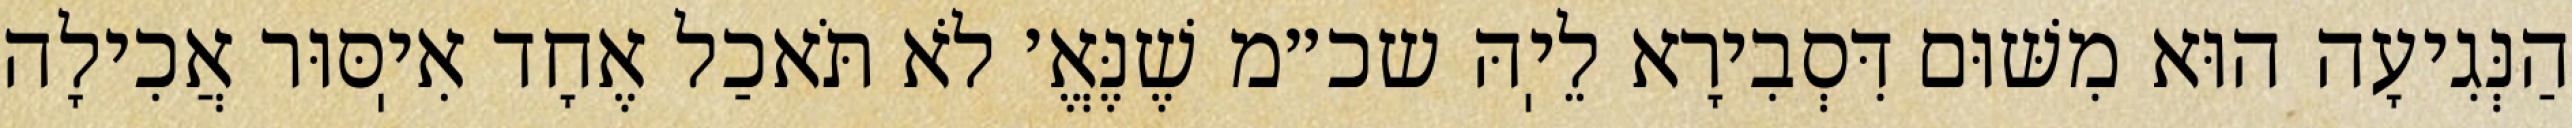
הַנְּגִיעָה הוּא מִשּׁוּם דִּסְבִירָא לֵיֽהּ שכ״מ שֶׁנֶּאֱ׳ לֹא תֹּאכַל אֶחָד אִיֽסּוּר אֲכִילָה